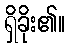
ရှိခိုး၏။